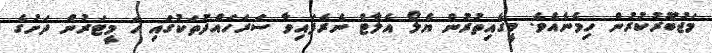
މަޖުބޫރުކުރުން ހިމެނެއެވެ. މީގެއިތުރުން ޔެލޯ އެލާޓް ނެރެފައިވާ ސަރަހައްދުތަކުގައި ހަ މީޓަރުން ދަށުގެ